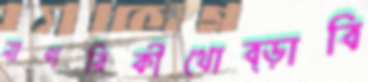
নাগরিকীথোব্‌ড়াবি